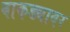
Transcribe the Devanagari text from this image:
बाकड्यावर